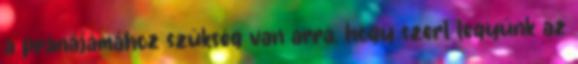
a pránájámához szükség van arra, hogy szert tegyünk az